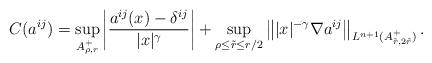
LaTeX: \begin{align*}C(a^{ij}) = \sup\limits_{A_{\rho,r}^+} \left| \frac{a^{ij}(x)-\delta^{ij}}{|x|^{\gamma}} \right| + \sup\limits_{\rho\leq \tilde{r}\leq r/2} \left\| |x|^{-\gamma} \nabla a^{ij} \right\|_{L^{n+1}(A_{\tilde{r},2\tilde{r}}^+)}.\end{align*}